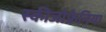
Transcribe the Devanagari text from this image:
स्कीजोफ्रेनिया